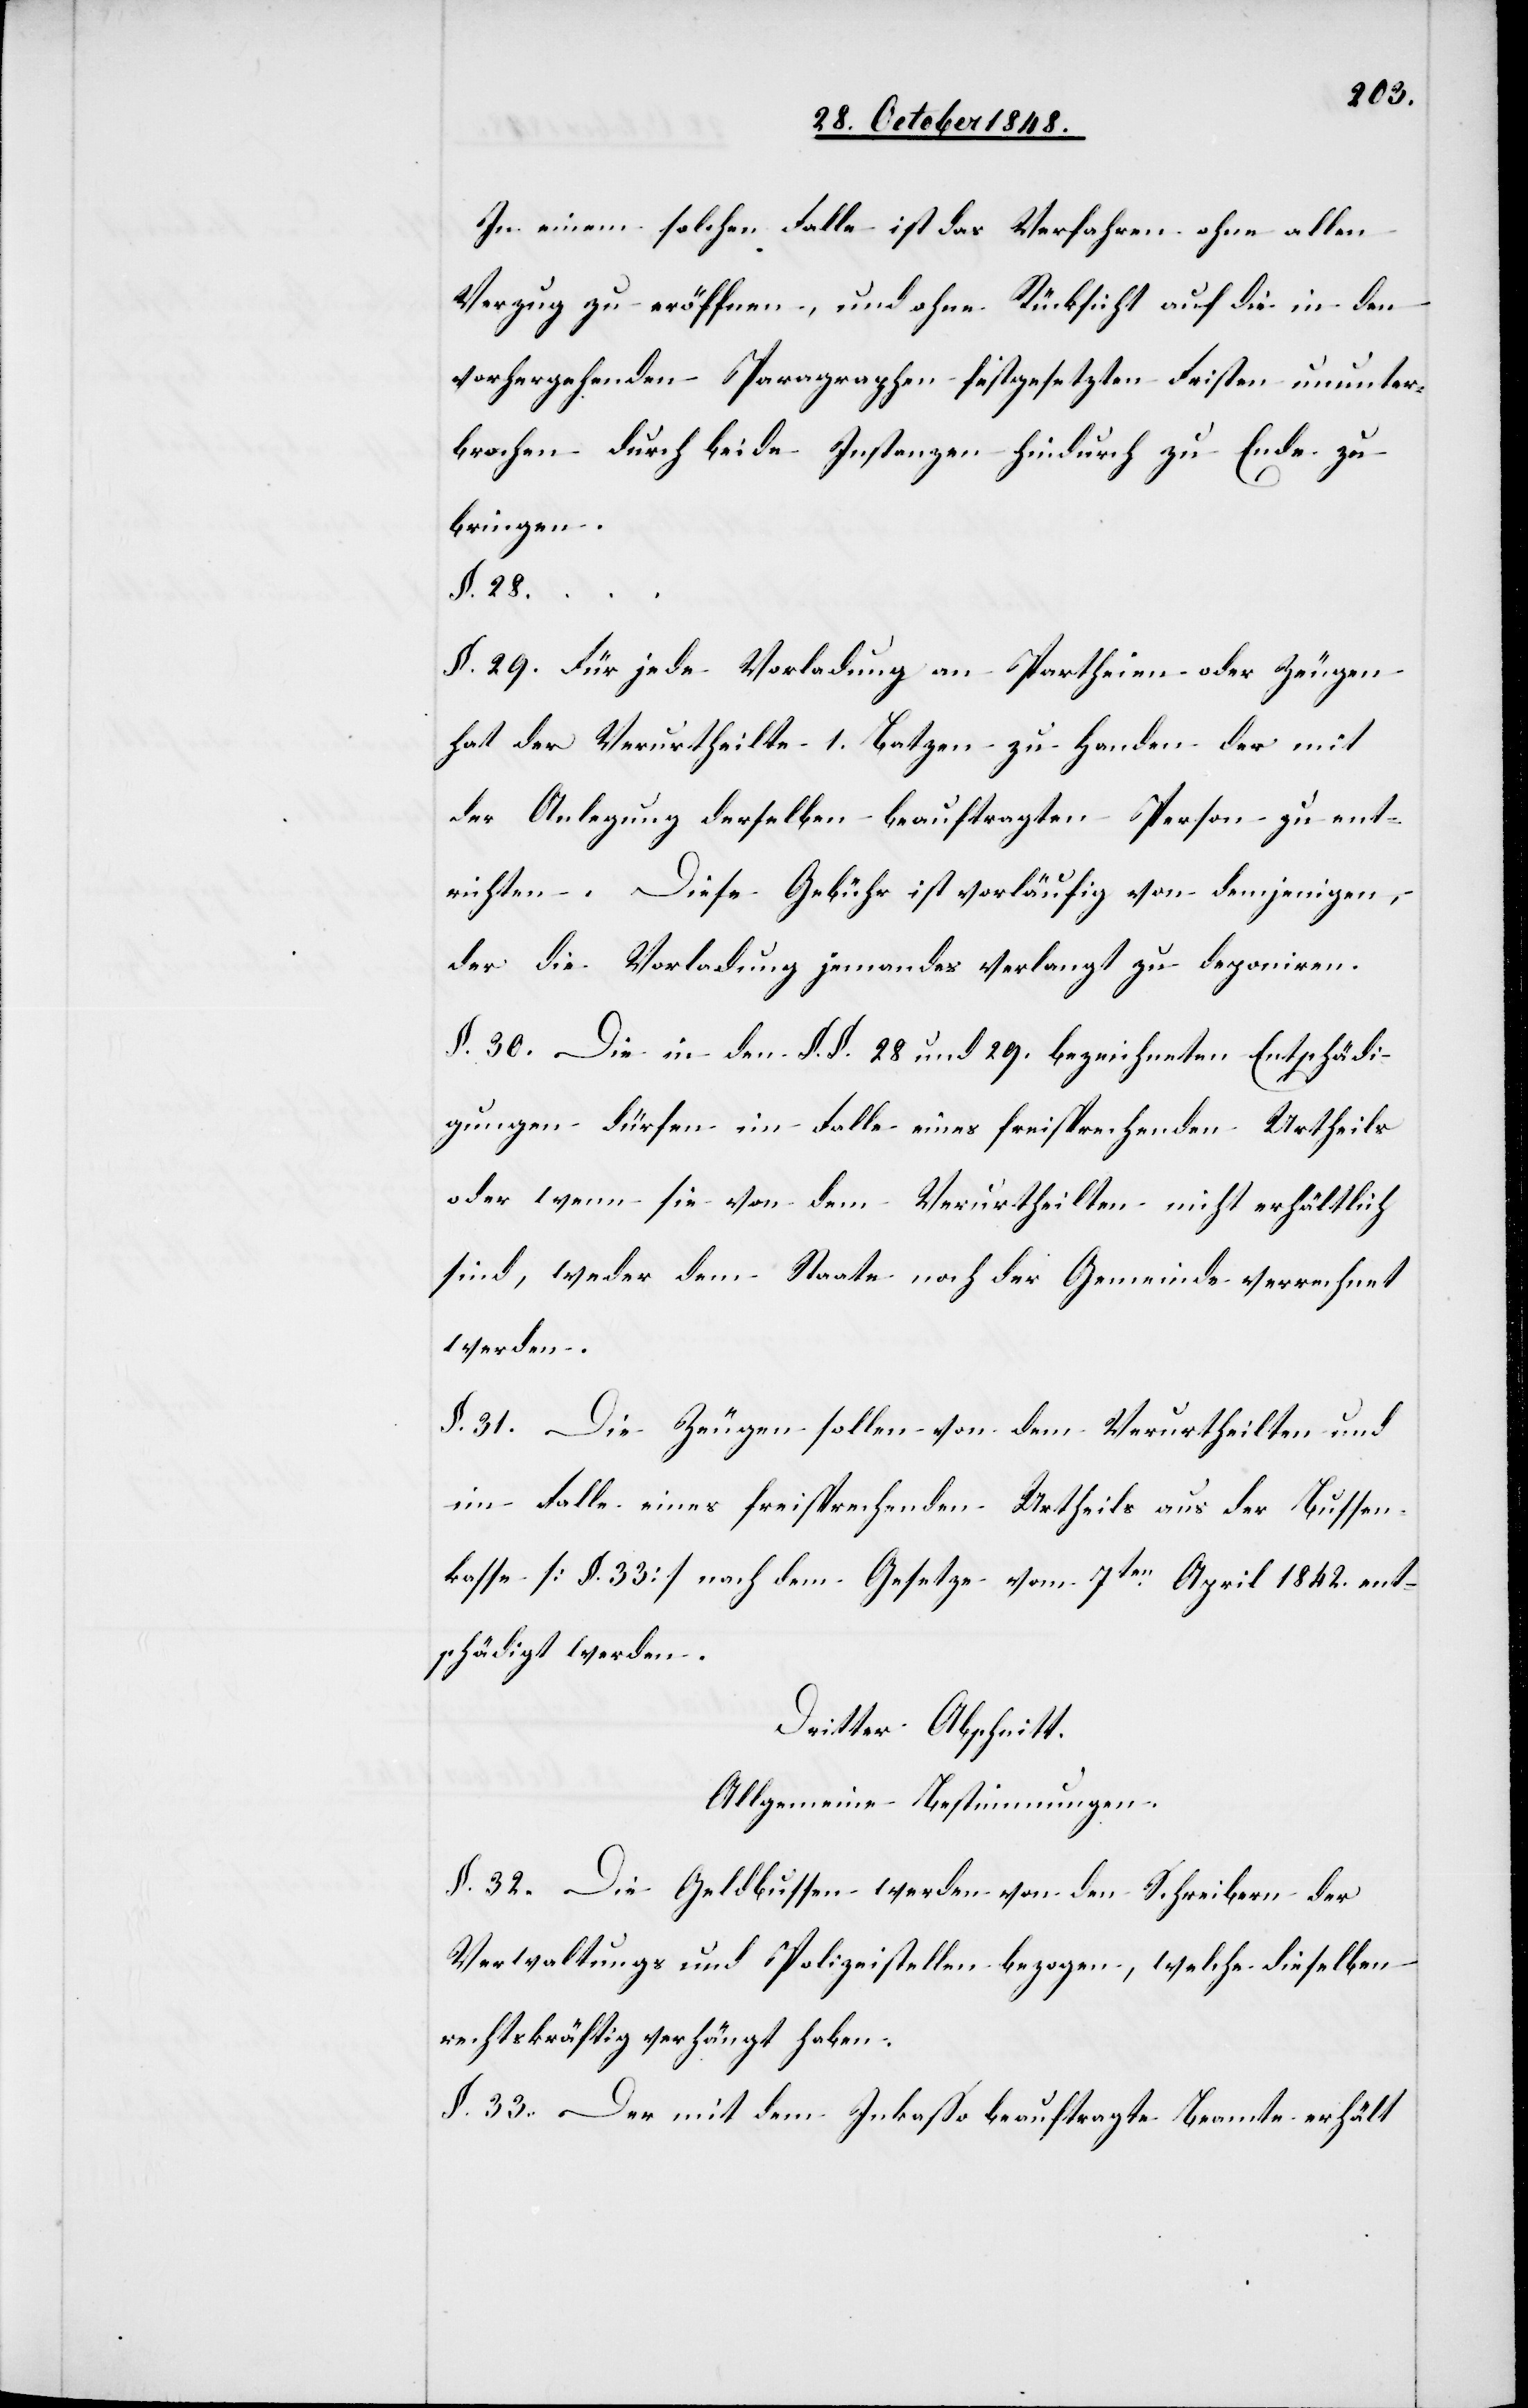
In einem solche Falle ist das Verfahren ohne allen
Verzug zu eröffnen, und ohne Rücksicht auf die in den
vorhergehenden Paragraphen festgesetzten Fristen ununter¬
brochen durch beide Instanzen hindurch zu Ende zu
bringen.
§. 28.
§. 29. Für jede Vorladung an Partheien oder Zeugen
hat der Verurtheilte 1. Batzen zu Handen der mit
der Anlegung derselben beauftragten Person zu ent¬
richten. Diese Gebühr ist vorläufig von demjenigen,
der die Vorladung jemandes verlangt zu deponiren.
§. 30. Die in den §. §. 28 und 29. bezeichneten Entschädi¬
gungen dürfen im Falle eines freisprechenden Urtheils
oder wenn sie von dem Verurtheilten nicht erhältlich
sind, weder dem Staate noch der Gemeinde verrechnet
werden.
§. 31. Die Zeugen sollen von dem Verurtheilten und
im Falle eines freisprechenden Urtheils aus der Bussen¬
kasse [§. 33.] nach dem Gesetze vom 7ten April 1842. ent¬
schädigt werden.
Dritter Abschnitt.
Allgemeine Bestimmungen.
§. 32. Die Geldbussen werden von den Schreibern der
Verwaltungs und Polizeistellen bezogen, welche dieselben
rechtskräftig verhängt haben.
§. 33. Der mit dem Inkasso beauftragte Beamte erhält